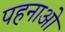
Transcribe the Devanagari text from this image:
पहनाओ